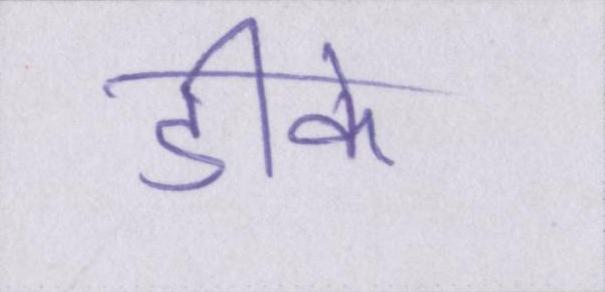
डीके